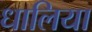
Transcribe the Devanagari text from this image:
धालिया